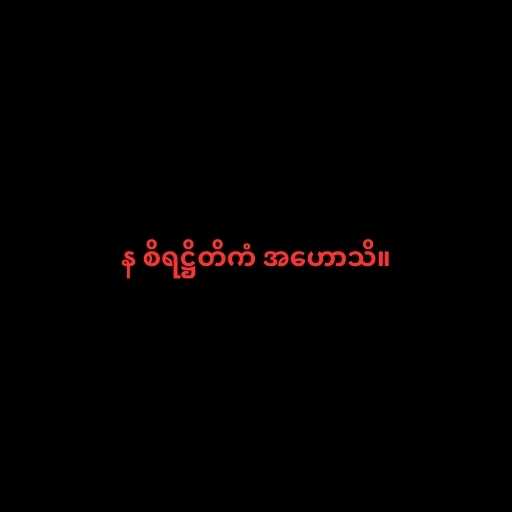
န စိရဋ္ဌိတိကံ အဟောသိ။